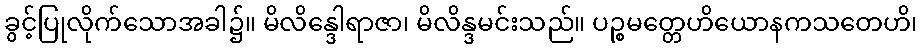
ခွင့်ပြုလိုက်သောအခါ၌။ မိလိန္ဒေါရာဇာ၊ မိလိန္ဒမင်းသည်။ ပဉ္စမတ္တေဟိယောနကသတေဟိ၊